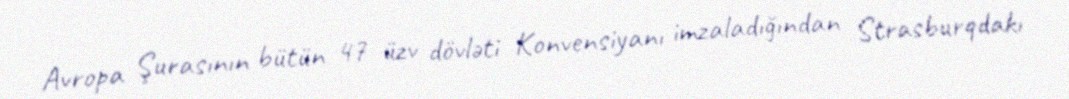
Avropa Şurasının bütün 47 üzv dövləti Konvensiyanı imzaladığından Strasburqdakı